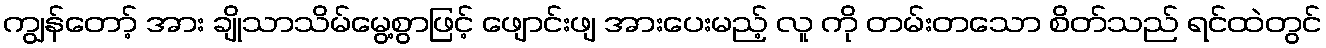
ကျွန်တော့် အား ချိုသာသိမ်မွေ့စွာဖြင့် ဖျောင်းဖျ အားပေးမည့် လူ ကို တမ်းတသော စိတ်သည် ရင်ထဲတွင်